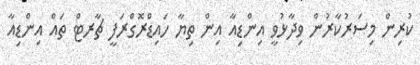
ކުރިން މިސަރުކާރުން ވިދާޅުވީ އިންޑިއާ އިން ތިޔާ ހައިޑްރޮގްރަފީ ޗާރޓް ތައް އިންޑިއާ